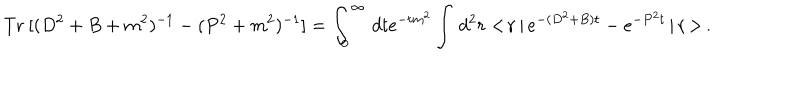
\mathrm { T r ~ } [ ( D ^ { 2 } + B + m ^ { 2 } ) ^ { - 1 } - ( P ^ { 2 } + m ^ { 2 } ) ^ { - 1 } ] = \int _ { 0 } ^ { \infty } \, d t e ^ { - t m ^ { 2 } } \int \, d ^ { 2 } r < \! { \bf r } \, | \, e ^ { - ( D ^ { 2 } + B ) t } - e ^ { - P ^ { 2 } t } \, | \, { \bf r } \! > \, .